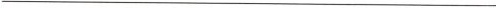
___